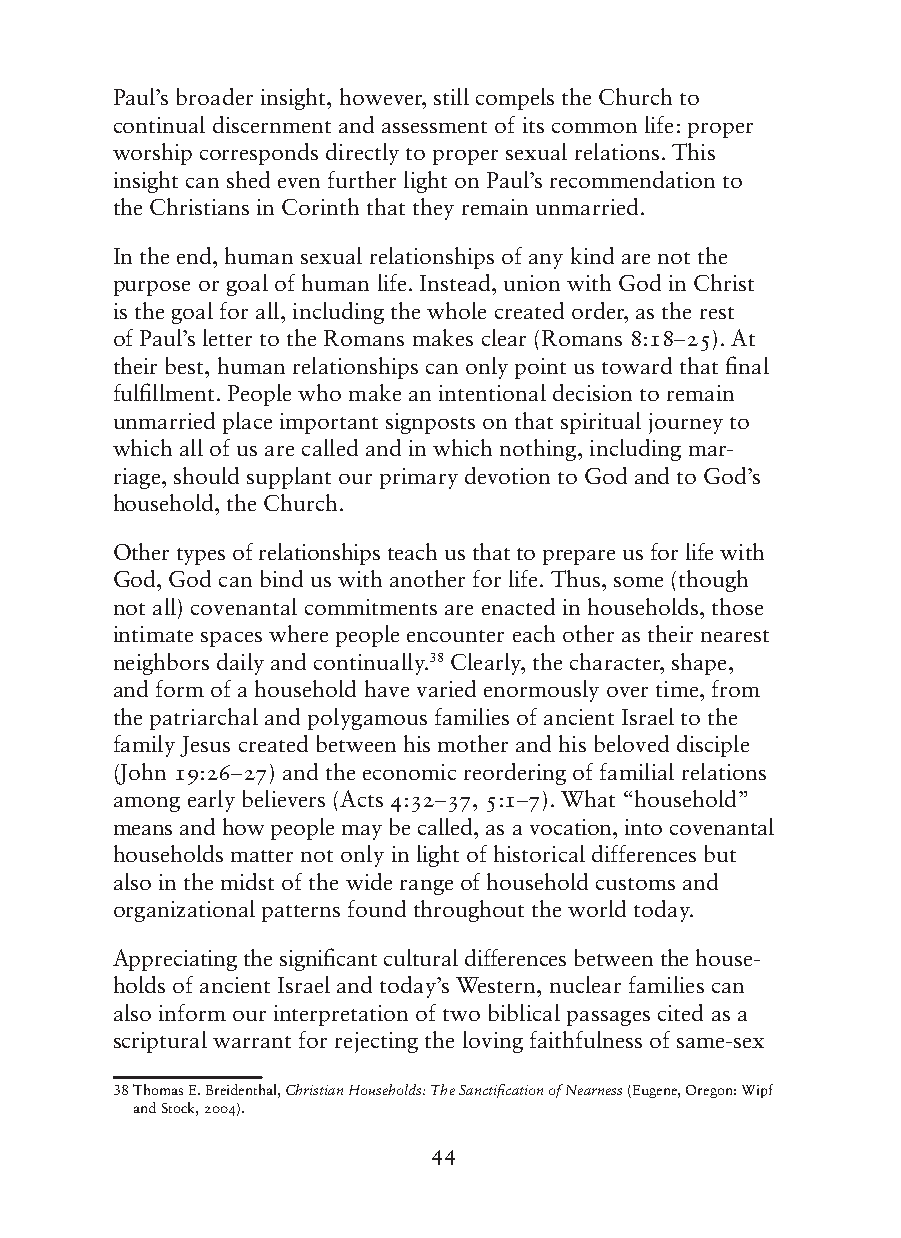
Paul’s broader insight, however, still compels the Church to
 continual discernment and assessment of its common life: proper
 worship corresponds directly to proper sexual relations. This
 insight can shed even further light on Paul’s recommendation to
 the Christians in Corinth that they remain unmarried.
 In the end, human sexual relationships of any kind are not the
 purpose or goal of human life. Instead, union with God in Christ
 is the goal for all, including the whole created order, as the rest
 of Paul’s letter to the Romans makes clear (Romans 8:18–25). At
 their best, human relationships can only point us toward that final
 fulfillment. People who make an intentional decision to remain
 unmarried place important signposts on that spiritual journey to
 which all of us are called and in which nothing, including mar-
 riage, should supplant our primary devotion to God and to God’s
 household, the Church.
 Other types of relationships teach us that to prepare us for life with
 God, God can bind us with another for life. Thus, some (though
 not all) covenantal commitments are enacted in households, those
 intimate spaces where people encounter each other as their nearest
 neighbors daily and continually.38 Clearly, the character, shape,
 and form of a household have varied enormously over time, from
 the patriarchal and polygamous families of ancient Israel to the
 family Jesus created between his mother and his beloved disciple
 (John 19:26–27) and the economic reordering of familial relations
 among early believers (Acts 4:32–37, 5:1–7). What “household”
 means and how people may be called, as a vocation, into covenantal
 households matter not only in light of historical differences but
 also in the midst of the wide range of household customs and
 organizational patterns found throughout the world today.
 Appreciating the significant cultural differences between the house-
 holds of ancient Israel and today’s Western, nuclear families can
 also inform our interpretation of two biblical passages cited as a
 scriptural warrant for rejecting the loving faithfulness of same-sex
 38 T homas E. Breidenthal, Christian Households: The Sanctification of Nearness (Eugene, Oregon: Wipf
 and Stock, 2004).
 44